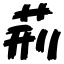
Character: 荊